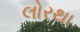
લોરથા